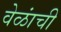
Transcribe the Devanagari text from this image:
वेळांची